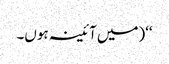
‘‘(میں آئینہ ہوں۔